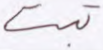
تبت